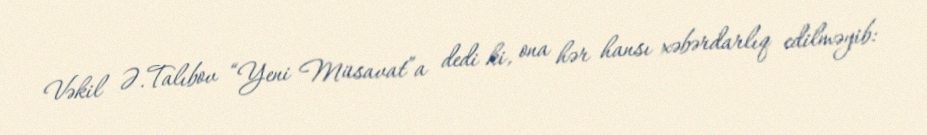
Vəkil Ə.Talıbov “Yeni Müsavat”a dedi ki, ona hər hansı xəbərdarlıq edilməyib: